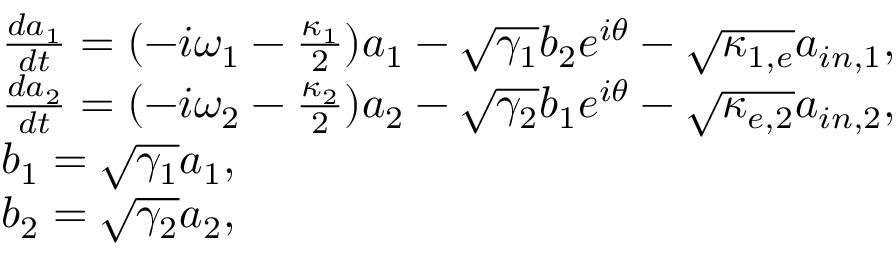
\begin{array} { r l } & { \frac { d a _ { 1 } } { d t } = ( - i \omega _ { 1 } - \frac { \kappa _ { 1 } } { 2 } ) a _ { 1 } - \sqrt { \gamma _ { 1 } } b _ { 2 } e ^ { i \theta } - \sqrt { \kappa _ { 1 , e } } a _ { i n , 1 } , } \\ & { \frac { d a _ { 2 } } { d t } = ( - i \omega _ { 2 } - \frac { \kappa _ { 2 } } { 2 } ) a _ { 2 } - \sqrt { \gamma _ { 2 } } b _ { 1 } e ^ { i \theta } - \sqrt { \kappa _ { e , 2 } } a _ { i n , 2 } , } \\ & { b _ { 1 } = \sqrt { \gamma _ { 1 } } a _ { 1 } , } \\ & { b _ { 2 } = \sqrt { \gamma _ { 2 } } a _ { 2 } , } \end{array}